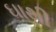
ઘાથી